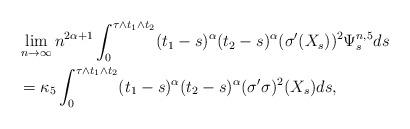
LaTeX: \begin{align*} & \lim_{n\rightarrow \infty} n^{2\alpha+1} \int_0^{\tau \wedge t_1 \wedge t_2 } (t_1-s)^{\alpha} (t_2-s)^{\alpha} (\sigma'(X_s))^2 \Psi^{n,5}_s ds\\ & =\kappa_5 \int_0^{\tau \wedge t_1 \wedge t_2 } (t_1-s)^{\alpha} (t_2-s)^{\alpha}(\sigma'\sigma)^2(X_s) ds, \end{align*}